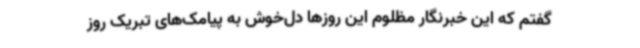
گفتم که این خبرنگار مظلوم این روزها دل‌خوش به پیامک‌های تبریک روز